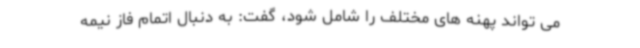
می تواند پهنه های مختلف را شامل شود، گفت: به دنبال اتمام فاز نیمه